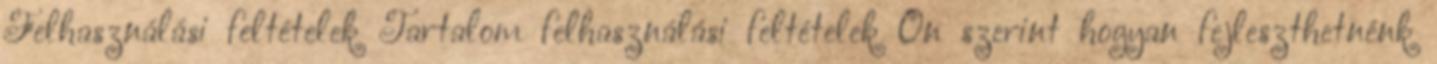
Felhasználási feltételek Tartalom felhasználási feltételek Ön szerint hogyan fejleszthetnénk